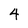
Character: 4